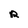
Character: R